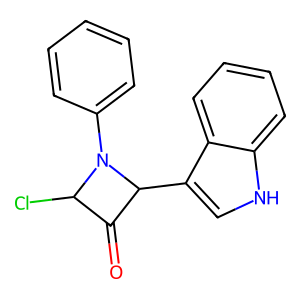
SMILES: O=C1C(Cl)N(c2ccccc2)C1c1c[nH]c2ccccc12
Inhibits HIV replication: No